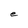
Character: e